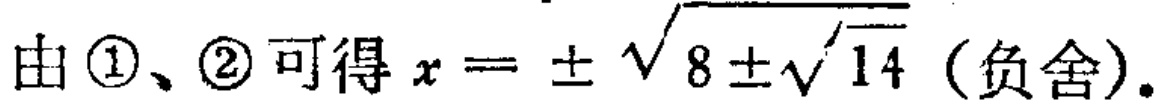
由\textcircled{1}、\textcircled{2}可得\(x = \pm\sqrt{8\pm\sqrt{14}}\)（负舍）。